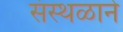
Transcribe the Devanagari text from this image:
संस्थळाने